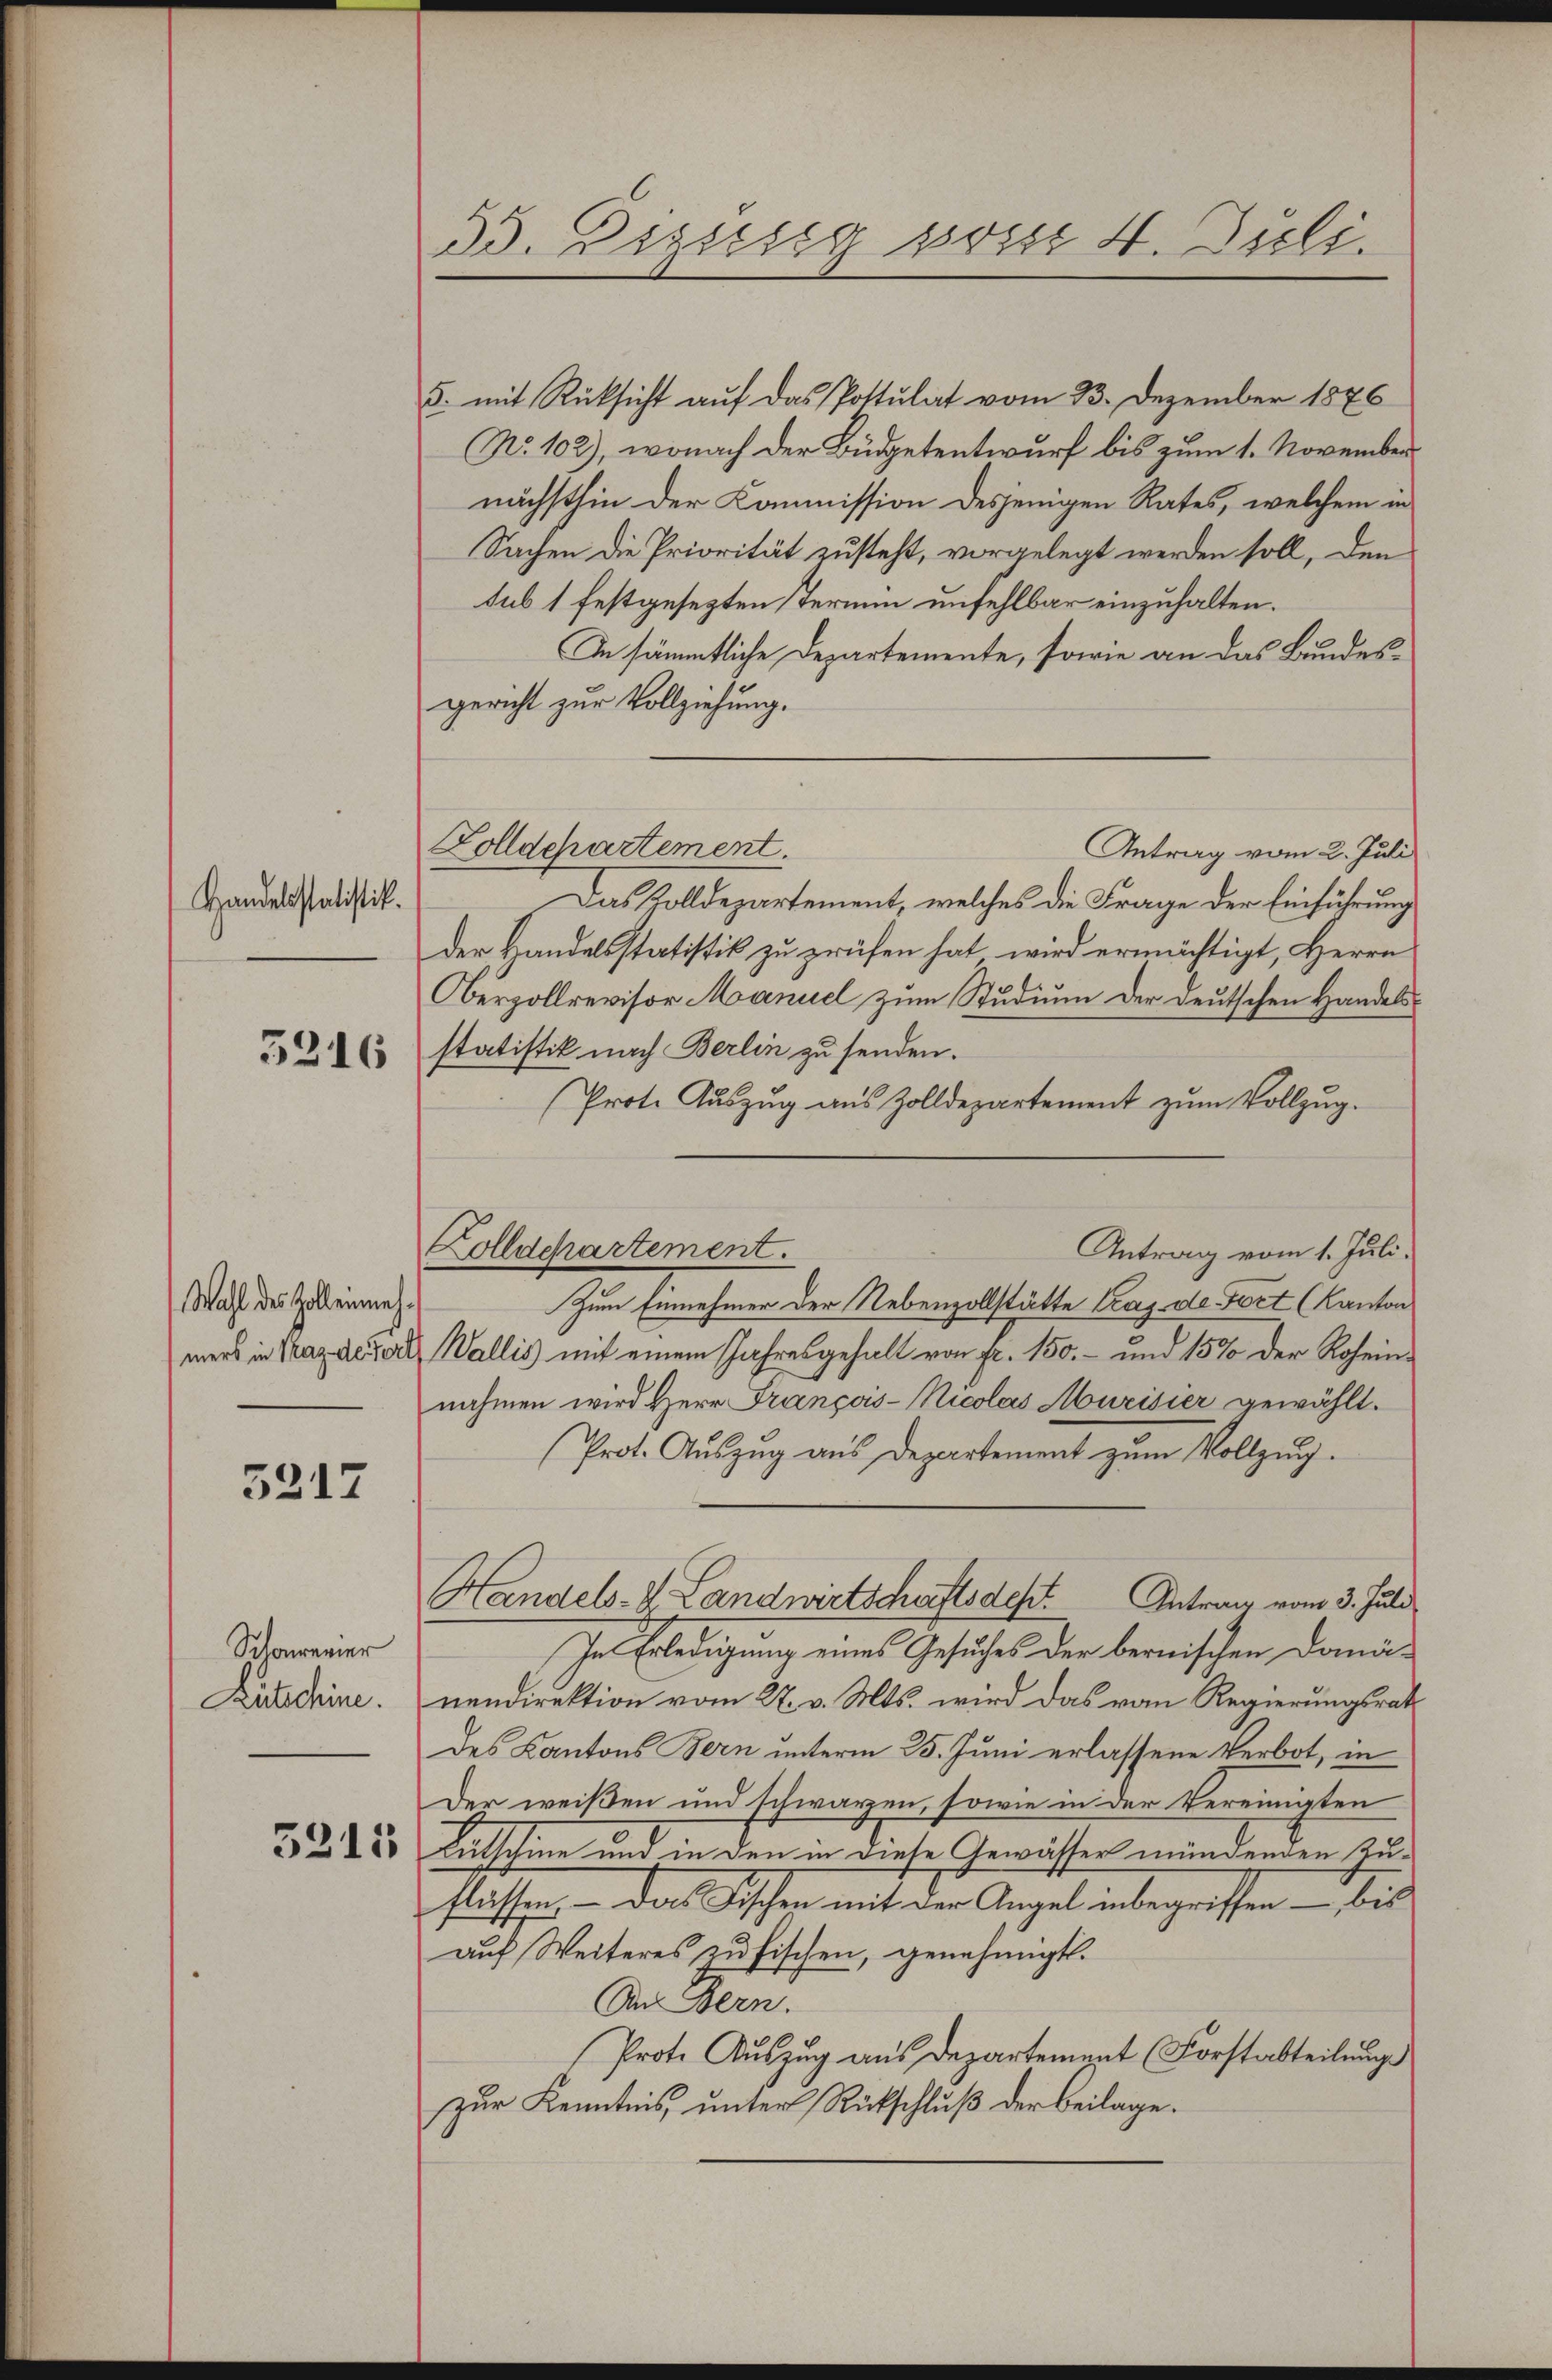
Handelsstatistik.

5216

Wahl des Zoll einneh¬

5217

Schonerier
Rutschine.

3315

33. Dezitirg posse 4. Dieli.

5. mit Rücksicht auf das Postulat vom 23. Dezember 1876
No 102), wonach der Büdgetentwurf bis zum 1. November
nächsthin der Kommission desjenigen Rates, welchem in
Sachen die Priorität zusteht, vorgelegt werden soll, den
sub 1 festgesezten Termin unfehlbar einzuhalten.
In sämmtliche Departemente, sowie an das Bundesgericht zur Vollziehung.
Antrag vom 2. Juli
Das Zolldepartement, welches die Frage der Einführung
der Handelsstatistik zu prüfen hat wird ermächtigt, Herrn
Oberzollrevisor Manuel zum Studium der deutschen Handelsstatistik nach Berlin zu senden.
Prote Aŭszŭg aŭs Zolldepartement zŭm Vollzŭg.
Antrag vom 1. Juli.
Zum Einnehmer der Nebenzollstätte trag de Fort (Kanton
mers in Vaz dessert Wallis mit einem Jahresgehalt von fr. 150.- und 15% der Roheinnahmen wird Herr François-Nicolas Murisier gewählt.
Prot. Auszug aus Departement zum Vollzug.
Handels- & Landwirtschaftsdest. Antrag vom 3. Juli
In Erledigung eines Gesuches der bernischen Danänendirektion vom 27. v. Mts. wird das vom Regierungsrath
des Kantons Bern unterm 25. Juni erlassene Verbot, in
Der weißen und schwarzen, sowie in der Vereinigten
Ratschine und in den in diese Gewässer mündenden Zuflassen. — Das Fischen mit der Angel inbegriffen – bis
auf Weiteres zu fischen, genehmigt.
An Bern.
Prot. Auszug aus Departement (Forstabteilung
zur Kenntnis, unter Rückschluß der Beilage.

Zolldepartement.

Kolldchartement.